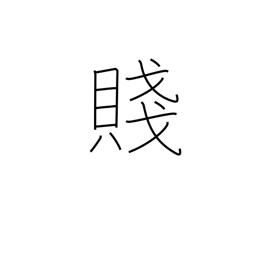
Meaning: poverty